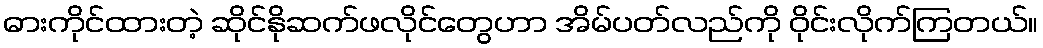
ဓားကိုင်ထားတဲ့ ဆိုင်နိုဆက်ဖလိုင်တွေဟာ အိမ်ပတ်လည်ကို ဝိုင်းလိုက်ကြတယ်။